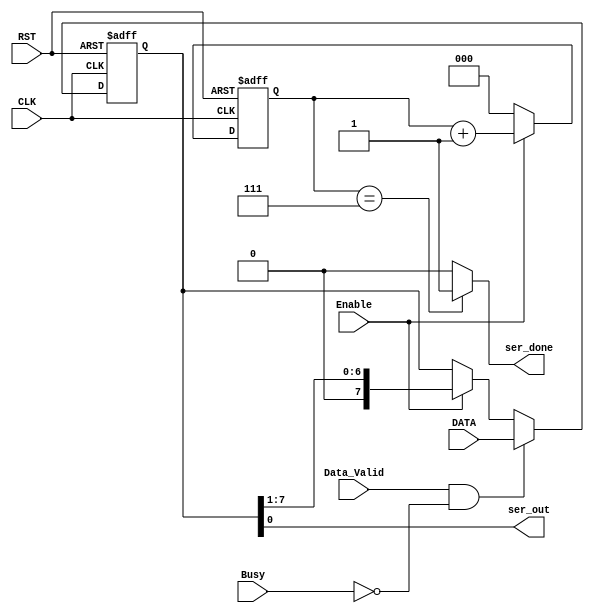
module Serializer # ( parameter WIDTH = 8 )
(
 input   wire                  CLK,
 input   wire                  RST,
 input   wire   [WIDTH-1:0]    DATA,
 input   wire                  Enable, 
 input   wire                  Busy,
 input   wire                  Data_Valid, 
 output  wire                  ser_out,
 output  wire                  ser_done
);

reg  [WIDTH-1:0]    DATA_V ;
reg  [2:0]          ser_count ;
              
//isolate input 
always @ (posedge CLK or negedge RST)
 begin

  if(!RST)
   begin
    DATA_V <= 'b0 ;
   end

  else if(Data_Valid && !Busy)
   begin
    DATA_V <= DATA ;
   end	

  else if(Enable)
   begin
    DATA_V <= DATA_V >> 1 ;         // shift register

   end
 end
 

//counter
always @ (posedge CLK or negedge RST)
 begin

  if(!RST)
   begin
    ser_count <= 'b0 ;
   end

  else
   begin
    if (Enable)
	 begin
      ser_count <= ser_count + 'b1 ;		 
	 end
	else 
	 begin
      ser_count <= 'b0 ;		 
	 end	
   end
   
 end 


assign ser_done = (ser_count == 'b111) ? 1'b1 : 1'b0 ;

//it takes first bit from first elseif then other bits from last elseif
assign ser_out = DATA_V[0] ;

endmodule